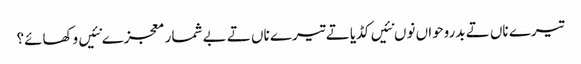
تیرے ناں تے بدروحواں نوں نئیں کڈیا تے تیرے ناں تے بے شمار معجزے نئیں وکھائے؟